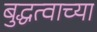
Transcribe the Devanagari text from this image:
बुद्धत्वाच्या